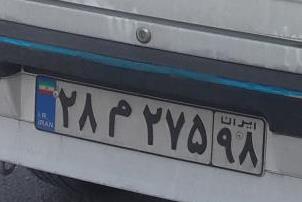
۲۸م۲۷۵۹۸